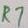
Text: R7